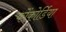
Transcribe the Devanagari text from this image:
कोंकोर्डिया